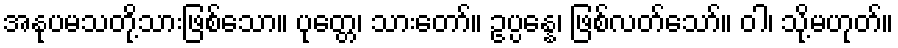
အနုပမသတို့သားဖြစ်သော။ ပုတ္တေ၊ သားတော်။ ဥပ္ပန္နေ၊ ဖြစ်လတ်သော်။ ဝါ၊ သို့မဟုတ်။